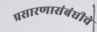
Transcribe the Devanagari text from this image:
प्रसारणासंबंधीचे